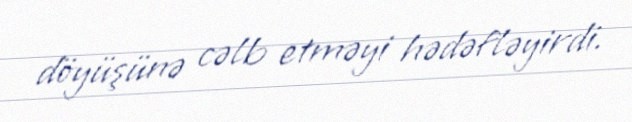
döyüşünə cəlb etməyi hədəfləyirdi.